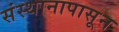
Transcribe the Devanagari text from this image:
संस्थानापासून